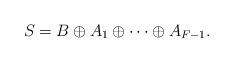
LaTeX: \begin{align*}S= B \oplus A_1 \oplus \cdots \oplus A_{F-1}.\end{align*}